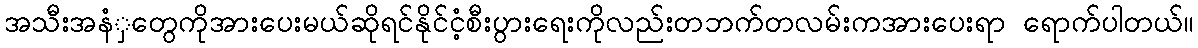
အသီးအနံှတွေကိုအားပေးမယ်ဆိုရင်နိုင်ငံ့စီးပွားရေးကိုလည်းတဘက်တလမ်းကအားပေးရာ ရောက်ပါတယ်။